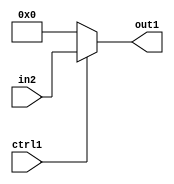
`timescale 1ps / 1ps
/*****************************************************************************
    Verilog RTL Description
    
    
    Created by: Stratus DpOpt 2019.1.01 
*******************************************************************************/

module feature_write_addr_gen_Muxu32i0u1_4_1 (
	in2,
	ctrl1,
	out1
	); /* architecture "behavioural" */ 
input [31:0] in2;
input  ctrl1;
output [31:0] out1;
wire [31:0] asc001;

reg [31:0] asc001_tmp_0;
assign asc001 = asc001_tmp_0;
always @ (ctrl1 or in2) begin
	case (ctrl1)
		1'B1 : asc001_tmp_0 = in2 ;
		default : asc001_tmp_0 = 32'B00000000000000000000000000000000 ;
	endcase
end

assign out1 = asc001;
endmodule

/* CADENCE  v7HxTAs= : u9/ySgnWtBlWxVPRXgAZ4Og= ** DO NOT EDIT THIS LINE ******/